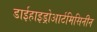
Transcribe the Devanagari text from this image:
डाईहाइड्रोआर्टमिसिनीन